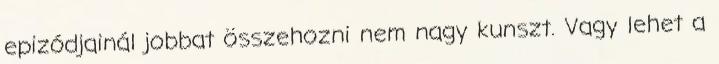
epizódjainál jobbat összehozni nem nagy kunszt. Vagy lehet a